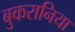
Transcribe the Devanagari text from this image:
बुकरानिया